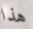
هذا